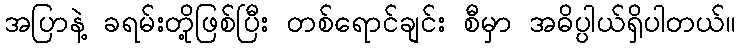
အပြာနဲ့ ခရမ်းတို့ဖြစ်ပြီး တစ်ရောင်ချင်း စီမှာ အဓိပ္ပါယ်ရှိပါတယ်။